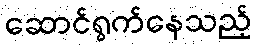
ဆောင်ရွက်နေသည့်